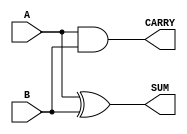
module Parameterized_Half_Adder #(parameter WIDTH = 1) (
    input  wire [WIDTH-1:0] A,    // Input A (single-bit or parameterized width)
    input  wire [WIDTH-1:0] B,    // Input B (single-bit or parameterized width)
    output wire [WIDTH-1:0] SUM,   // Output SUM (single-bit or parameterized width)
    output wire [WIDTH-1:0] CARRY   // Output CARRY (single-bit or parameterized width)
);

// Combinational logic for half-adder
assign SUM = A ^ B;        // Sum calculation: A XOR B
assign CARRY = A & B;      // Carry calculation: A AND B

endmodule